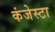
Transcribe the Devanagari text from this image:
कंजेस्टा